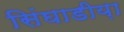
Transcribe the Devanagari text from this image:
सिंघाडीय़ा